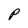
Character: P